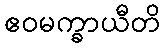
ဧဝမက္ခာယီတိ